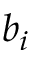
b _ { i }